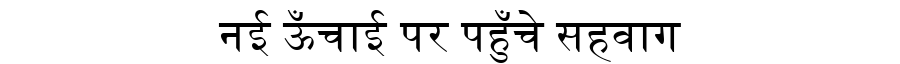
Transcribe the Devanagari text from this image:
नई ऊँचाई पर पहुँचे सहवाग